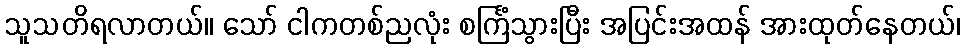
သူသတိရလာတယ်။ သော် ငါကတစ်ညလုံး စင်္ကြံသွားပြီး အပြင်းအထန် အားထုတ်နေတယ်၊